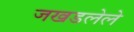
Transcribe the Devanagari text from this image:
जखडलेले